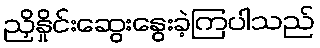
ညှိနှိုင်းဆွေးနွေးခဲ့ကြပါသည်